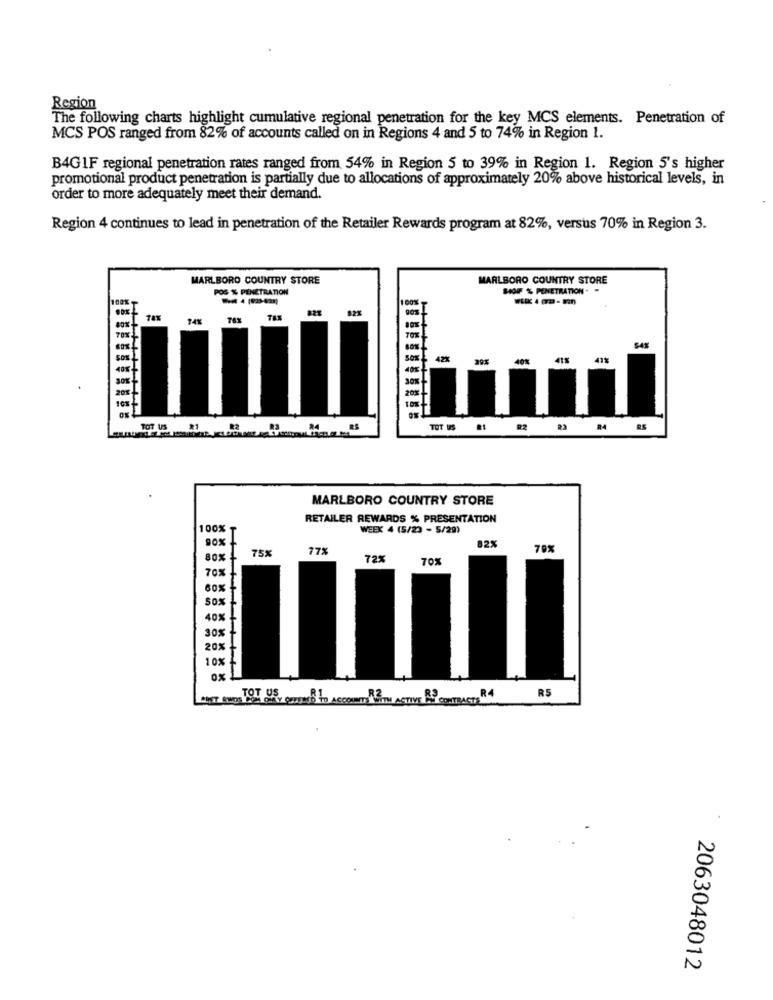
Region
The following charts highlight cumulative regional penetration for the key MCS elements. Penetration of
MCS POS ranged from 82% of accounts called on in Regions 4 and 5 to 74% in Region 1.
B4G1F regional penetration rates ranged from 54% in Region 5 to 39% in Region 1. Region 5's higher
promotional product penetration is partially due to allocations of approximately 20% above historical levels, in
order to more adequately meet their demand.
Region 4 continues to lead in penetration of the Retailer Rewards program at 82%, versus 70% in Region 3.
MARLBORO COUNTRY STORE
MARLBORO COUNTRY STORE
POS % PENETRATION
HOFF % PENETRATION. -
100%
74%
40%
41%
401
30%
20%
TOT IS
R2
MARLBORO COUNTRY STORE
RETAILER REWARDS % PRESENTATION
100%
WEEK 4 (5/23 - 5/29)
90%
82%
80% L
75%
77%
79%
72%
70%
70%
60%
50%
40%
30x 1
20%
10%
RS
LAHT POIDS TIPS, POTATIS TO ACCOUNT RITH ACTIVE A CONTRACT R4
2063048012